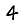
Digit: 4